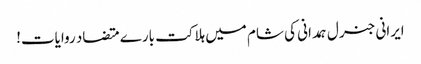
ایرانی جنرل ہمدانی کی شام میں ہلاکت بارے متضاد روایات!